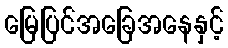
မြေပြင်အခြေအနေနှင့်